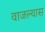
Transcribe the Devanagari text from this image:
वाजल्यास